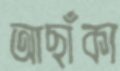
আছাঁকা